Calcutta medical institutions reports 1871-78
Year: 1871
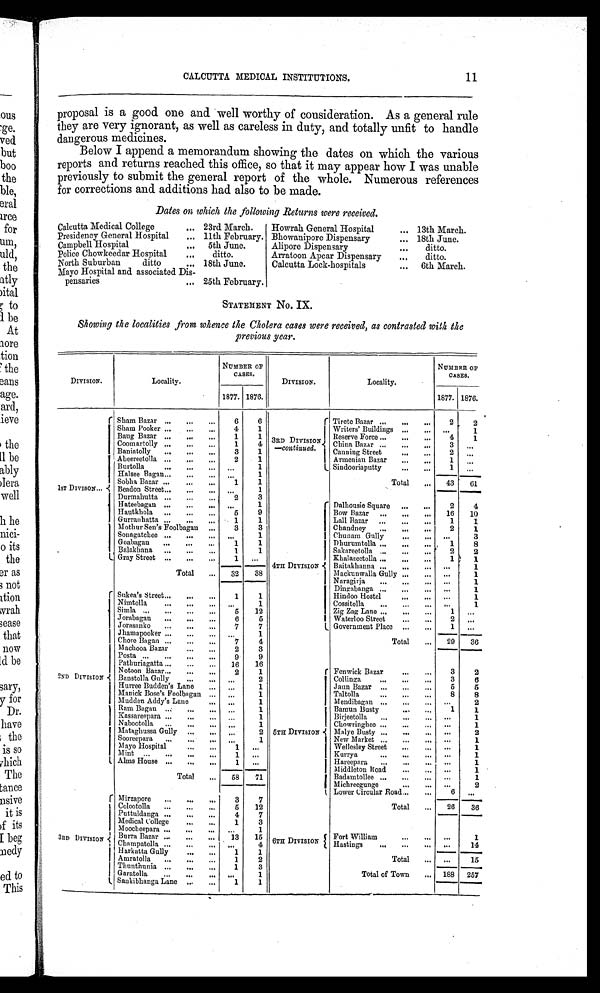
CALCUTTA MEDICAL INSTITUTIONS.
11
proposal is a good one and well worthy of consideration. As a general rule
they are very ignorant, as well as careless in duty, and totally unfit to handle
dangerous medicines.
Below I append a memorandum showing the dates on which the various
reports and returns reached this office, so that it may appear how I was unable
previously to submit the general report of the whole. Numerous references
for corrections and additions had also to be made.
Dates on which the following Returns were received.
Calcutta Medical College
Presidency General Hospital
Campbell Hospital
...
...
...
23rd March.
11th February.
5th June.
Howrah General Hospital
Bhowanipore Dispensary
Alipore Dispensary
...
. . .
...
13th March.
18th June.
ditto.
Police Chowkeedar Hospital
...
ditto.
Arratoon Apear Dispensary
...
ditto.
North Suburban
ditto
... 18th June.
Calcutta Lock-hospitals
... 6th March.
Mayo Hospital and associated Dis-
pensaries
... 25th February.
STATEMENT No. IX.
Showing the localities from whence the Cholera cases were received, as contrasted with the
previous year.
DIVISION.
Locality.
NUMBER OF
CASES.
DIVISION.
Locality.
NUMBER
OF CASES.
1877. 1876.
1877. 1876.
1ST DIVISON...
Sham Bazar ... ...
...
6
6
3RD DIVISION
—continued.
Tirete Bazar ...
. . . ...
2
2
Sham Pooker ...
. . .
. . .
4
1
Writers' Buildings ..
.
... ...
1
4
1
Baug Bazar ...
...
...
1
1
Reserve Force ...
...
. . .
3
. . .
Coomartolly ...
...
. . . 1
4
azar
C China Bazar ...
. . .
. . .
Canning Street ...
. . .
2
. . .
Baniatolly ...
. . .
. . .
3
1
Armenian Bazar ...
. . . 1
. . .
Aheereetolla ... . . .
. . .
2
1
Sindooriaputty
. . .
. . .
1
. . .
Burtolla ...
. . .
. . . . . .
1
Halsee Bagan...
. . .
. . . . . .
1
Total
. . . 43
61
Sobha Bazar ...
. . .
. . .
1
1
Beadon Street...
...
... . . .
1
Dalhousie Square ...
...
2
4
Durmahutta ...
...
. . .
2
3
Hateebagan ...
...
...
. . .
1
1 6
1 0
Hautkhola ...
. . .
. . .
5
9
4TH DIVISION
Bow Bazar ...
. . .
. . .
Lall Bazar ...
...
...
1
1
Gurranhatta ...
. . .
. . .
1
1 0
Mothur Sen's Foolbagan ...
3 3
C handney ...
. . .
. . .
2
1
. . .
3
Sonagatchee ...
...
...
. . .
1
Chunam Gully
. . .
. . .
Dhurumtolla ...
. . .
. . .
1
8
Goabagan ...
. . .
. . .
1
1
Sakareetolla ...
. . .
. . .
2
2
Balakhana ...
. . .
. . . 1
1
1
1
Khalaseetolla ...
. . .
. . .
Gray Street ...
. . .
. . .
1 ...
1
Baitakhanna ...
. . .
. . . . . .
Total
. . . 32
38
. . .
1
Mackunwalla Gully ...
. . .
Naragirja
...
. . .
. . . ...
1
2ND DIVISION
Sukea's Street...
. . .
. . .
1
1
Dingabanga ...
. . .
. . . . . .
1
Hindoo Hostel
...
. . .
. . .
1
1
Nimtolla ...
...
...
. . .
1
Cossitolla ...
. . .
. . .
. . .
Zig Zag Lane ...
. . .
. . .
1
. . .
Simla ...
. . .
. . .
5
1 2
2
Waterloo Street
. . .
. . .
. . .
Jorabagan ...
...
...
6
5
. . .
Jorasanko ...
...
...
1
7
Government Place
. . .
. . .
1
Jhamapooker ...
. . .
. . .
. . .
1
5TH DIVISION
Total
. . . 29
3
36
2
Chore Bagan ...
... ...
7
4
Machooa Bazar
...
. . .
2
3
Fenwick Bazar
. . .
. . .
Posta ... ...
...
...
9
9
Pathuriagatta ...
. . .
. . . 16
16
Notoon Bazar...
...
. . .
2
1
3
6
Collinga ...
. . .
. . .
Banstolla Gully
. . .
. . . . . .
2
5
5
Jaun Bazar ...
. . .
. . .
Hurree Budden's Lane
. . .
. . .
1
8
Taltolla ...
...
...
8
Manick Bose's Foolbagan
. . .
. . .
1
Mudden Addy's Lane
. . .
. . .
1
Mendibagan ...
. . .
. . . ...
2
1
1
Ram Bagan ...
. . .
... ...
1
Bamun Busty
. . .
. . .
Kassareepara ...
. . .
... ...
1
Birjeetolla ...
...
...
...
1
. . .
1
Nabootolla ...
. . .
. . . . . .
1
Chowri nghee . . .
. . .
. . .
Malye Busty ...
...
. . .
2
Mataghussa Gully ...
. . .
. . .
2
1
Sooreepara ...
. . .
. . .
. . .
1
New Market ...
. . .
. . .
. . .
. . .
1
Wellesley Street
. . .
Mayo Hospital
. . .
. . .
1
...
1
Kurrya ...
. . .
. . .
. . .
Mint ... ...
. . .
. . .
1
. . .
Hareepara ...
...
... ...
1
Alms House ...
. . .
. . .
1 ...
Middleton Road
...
... ...
1
Total
...
58
71
6 T H D I V I S I O N
1
Badamtollee ...
. . .
. . .
. . .
Michreegunge
. . .
. . .
. . .
2
3RD DIVISION
Mirzapore ...
...
...
3
7
Lower Circular Road...
. . .
6
. . .
3 6
Total
. . . 26
Colootolla ...
...
...
5
1 2
Puttuldanga ...
. . .
. . .
4
7
Fort William ...
. . .
. . .
1
Medical College
. . .
. . .
1 3
Moocheepara ...
. . .
...
. . .
1
Burra Bazar ...
. . .
. . . 13
1 5
Champatolla ...
. . .
. . .
. . .
4
Hastings
. . . . . . ...
1 4
Harkatta Gully
. . .
. . .
1
1
Total
. . .
. . .
1 5
Amratolla ...
. . .
. . .
1
2
Thunthunia ...
. . .
. . .
1
3
. . .
Total of Town
188 257
Garatolla ...
. . .
. . .
. . .
1
Sankibhanga Lane . . .
. . .
1
1